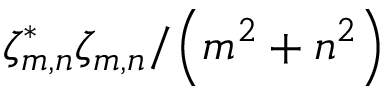
\zeta _ { m , n } ^ { * } \zeta _ { m , n } / { \left( m ^ { 2 } + n ^ { 2 } \right) }